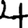
Digit: 4